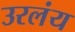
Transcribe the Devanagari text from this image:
उरलंय